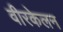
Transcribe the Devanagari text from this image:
वीरकेलन